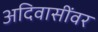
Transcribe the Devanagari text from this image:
अदिवासींवर